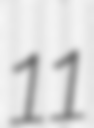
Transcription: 11